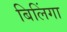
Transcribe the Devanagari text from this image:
बिलिंगा